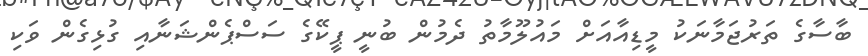
ބާސާގެ ތަރުޖަމާނަކު މީޑިއާއަށް މައުލޫމާތު ދެމުން ބުނީ ޕީކޭގެ ސަސްޕެންޝަނާއި ގުޅިގެން ވަކި